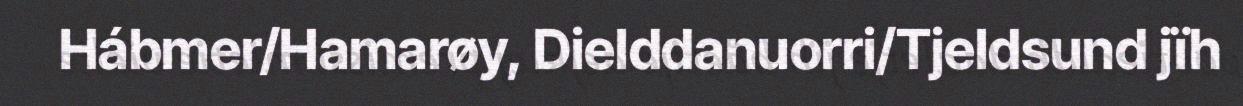
Hábmer/Hamarøy, Dielddanuorri/Tjeldsund jïh